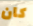
كان